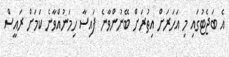
އެ ބަޖެޓުގައި މި އަހަރަށް އިތުރަށް ބޭނުންވާނެ ފައިސާ ހިމަނުއްވާނެ ކަމަށް ރައީސް